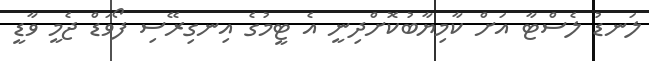
ލަނޑު ލެސްޓާ އަށް ކާމިޔާބުކޮށްދިނީ އެ ޓީމުގެ އިނގިރޭސި ފޯވަޑް ޖެމީ ވާޑީ